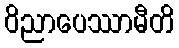
ဝိညာပေဿာမီတိ